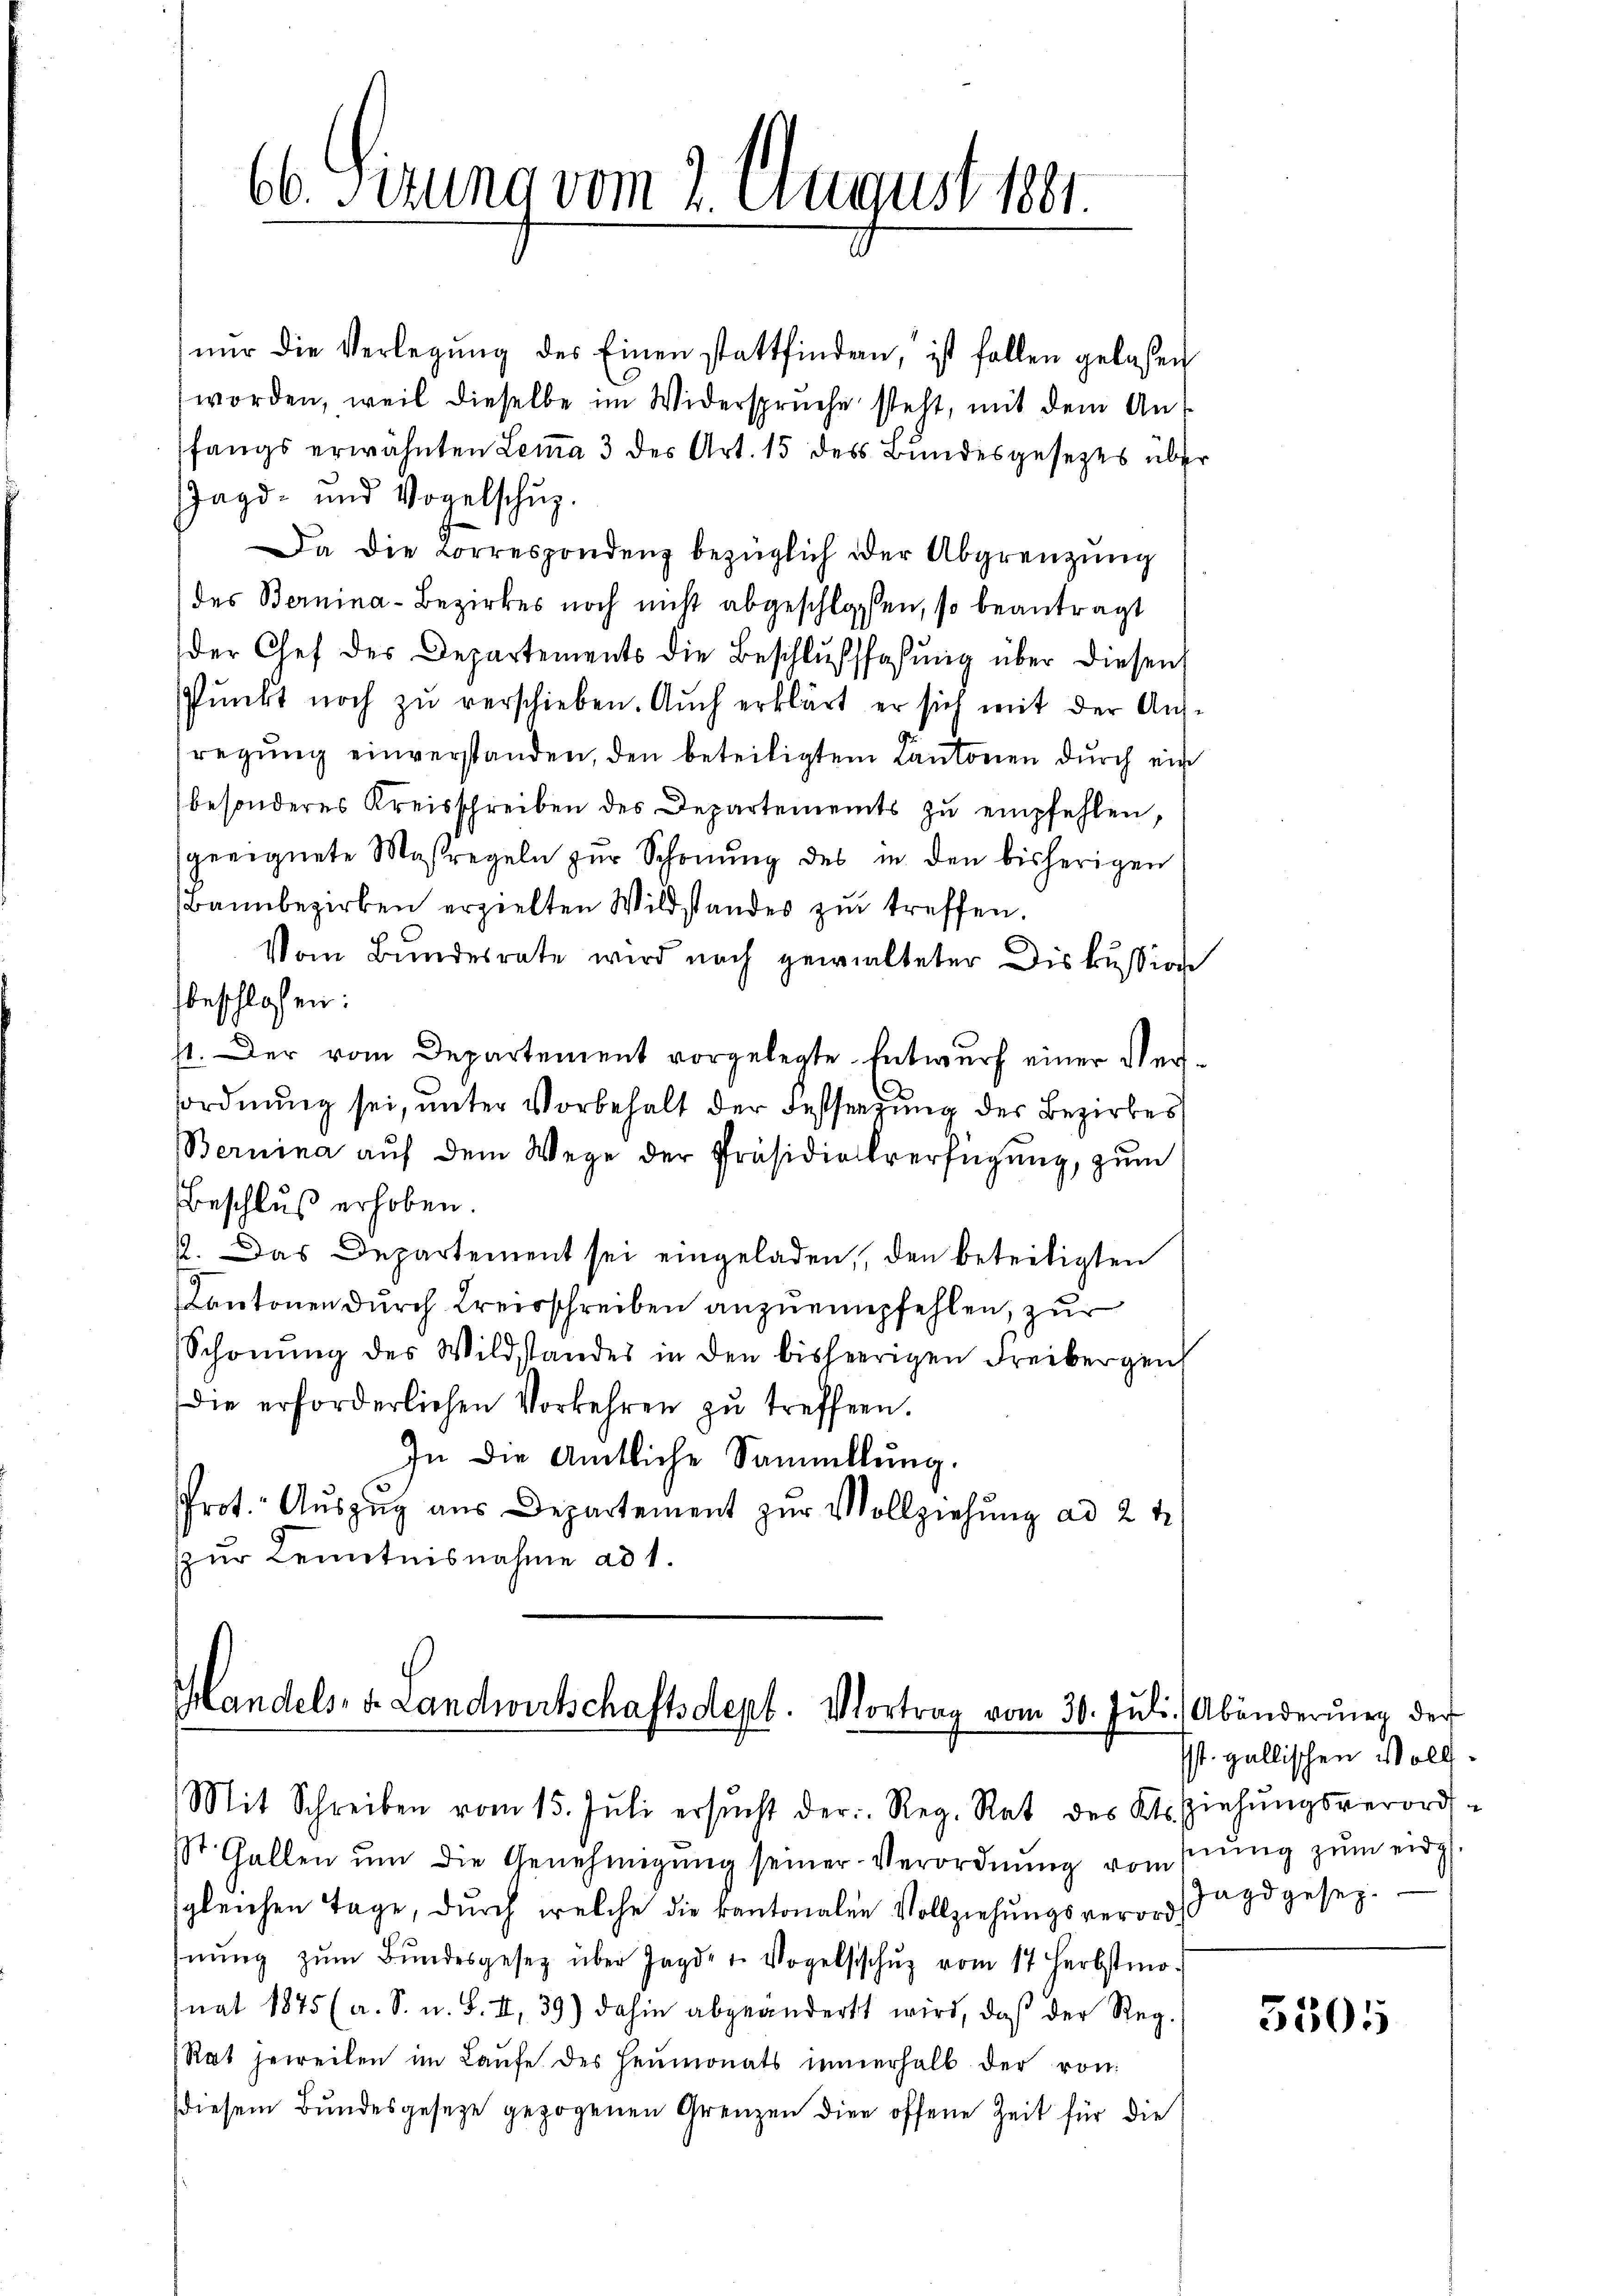
66. Sizung vom 2. August 1891.

nŭr die Verlegŭng des Einen stattfindern, ist fallen gelassen
worden, weil dieselbe im Widersprüche steht, mit dem Anfangs erwähnten Lemma 3 des Art. 15 des Bundesgesetzes über
Jagd- und Vogelschuz.
Da die Lorrespondenz bezüglich der Abgrenzung
des Bernina-Bezirkes noch nicht abgeschlossen, so beantragt
der Chef der Departements die Beschlußfaßung über diesen
pŭnkt noch zŭ verschieben. Auch erklärt er sich mit der Aus-
regung einverstanden, den beteiligtem Cantonen durch ein
besonderes Kreisschreiben des Departements zŭ empfehlen,
geeignete Massregeln zŭr Schonung des in den bisherigen
Bannbezirken erzielten Wildstandes zu treffen.
Vom Bundesrate wird nach gewalteter Diskussion
beschlossen:
st. Der vom Departement vorgelegte Entwurf einer Verordnung sei, unter Vorbehalt der Festsezung des Bezirkes
Bernina aŭf dem Wege der Präsidialverfügung, zum
Beschluß erhoben.
2. Das Departement sei eingeladen, den beteiligten
Kantonen durch Kreisschreiben anzuempfehlen, zur
Schonung des Wildstandes in den bisherigen Freibergen
die erforderlichen Vorkehren zŭ treffen.
In die Amtliche Sammlung.
Prot. Aŭszŭg aŭs Departement zŭr Vollziehŭng ad 2 t
zur Kenntnisnahme ad 1.

Handels- u. Landwirtschaftsdept. Vortrag vom 30. Jŭli. Abänderŭng der

Mit Schreiben vom 15. Jŭli ersŭcht der Reg. Rat des Kts. Ziehŭngsverord-
St. Gallen ŭm die Genehmigŭng seiner Verordnŭng von sing zŭm eidg.
sgleichen Tage, durch welche die kantonalen Vollziehungsverordes Jagdgesezhnŭng zŭm Bŭndesgesetz über Jagd- u. Vogelsschŭg vom 17 Herbstmonat 1875 (a. S. u. S. II, 39) dahin abgeändert wird, daβ der Reg.
Rat jeweilen im Laŭfe des Heumonats innerhalb der von
diesem Bŭndesgeseze gezogenen Grenzen die offene Zeit für die

Ist. gallischen Voll¬

5505